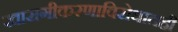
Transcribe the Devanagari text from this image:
खासगीकरणाविरोधातही